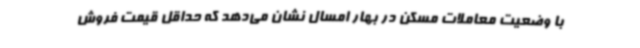
با وضعیت معاملات مسکن در بهار امسال نشان می‌دهد که حداقل قیمت فروش